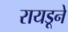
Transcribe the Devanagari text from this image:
रायडूने